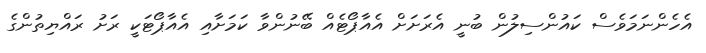
އެހެންނަމަވެސް ކައުންސިލުން ބުނީ އެރަށަށް އެއާޕޯޓެއް ބޭނުންވާ ކަމަށާއި އެއާޕޯޓަކީ ރަށު ރައްޔިތުންގެ